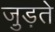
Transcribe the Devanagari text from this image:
जु़ड़ते